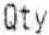
QTY